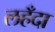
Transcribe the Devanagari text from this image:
लहँदा